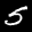
Label: 5